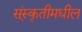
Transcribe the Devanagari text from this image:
स्ंस्कृतीमधील